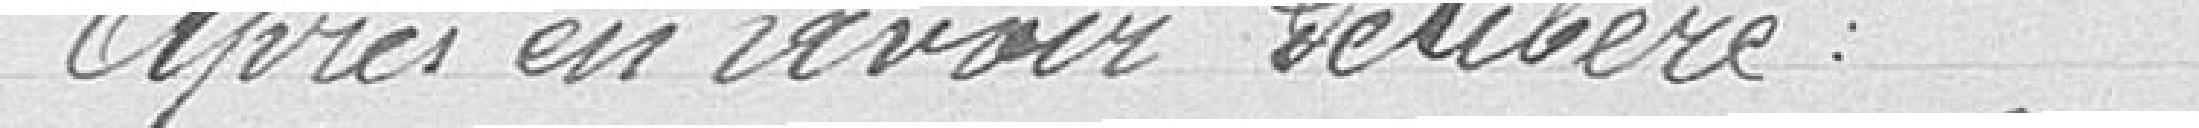
Après en avoir délibéré.